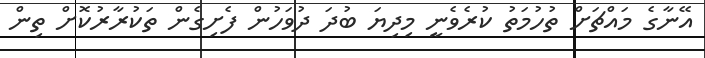
އޭނާގެ މައްޗަށް ތުހުމަތު ކުރެވެނީ މިދިޔަ ބުދަ ދުވަހުން ފެށިގެން ތަކުރާރުކޮށް ތިން